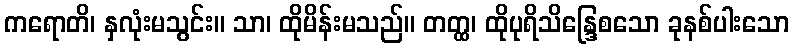
ကရောတိ၊ နှလုံးမသွင်း။ သာ၊ ထိုမိန်းမသည်။ တတ္ထ၊ ထိုပုရိသိန္ဒြေစသော ခုနစ်ပါးသော